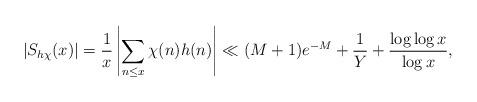
LaTeX: \begin{align*} |S_{h \chi}(x)|= \frac{1}{x}\left|\sum_{n\leq x} \chi(n) h(n)\right| \ll (M + 1) e^{- M} + \frac{1}{Y} + \frac{\log \log x}{\log x},\end{align*}